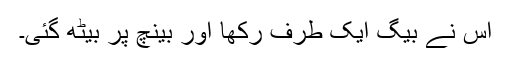
اس نے بیگ ایک طرف رکھا اور بینچ پر بیٹھ گئی۔